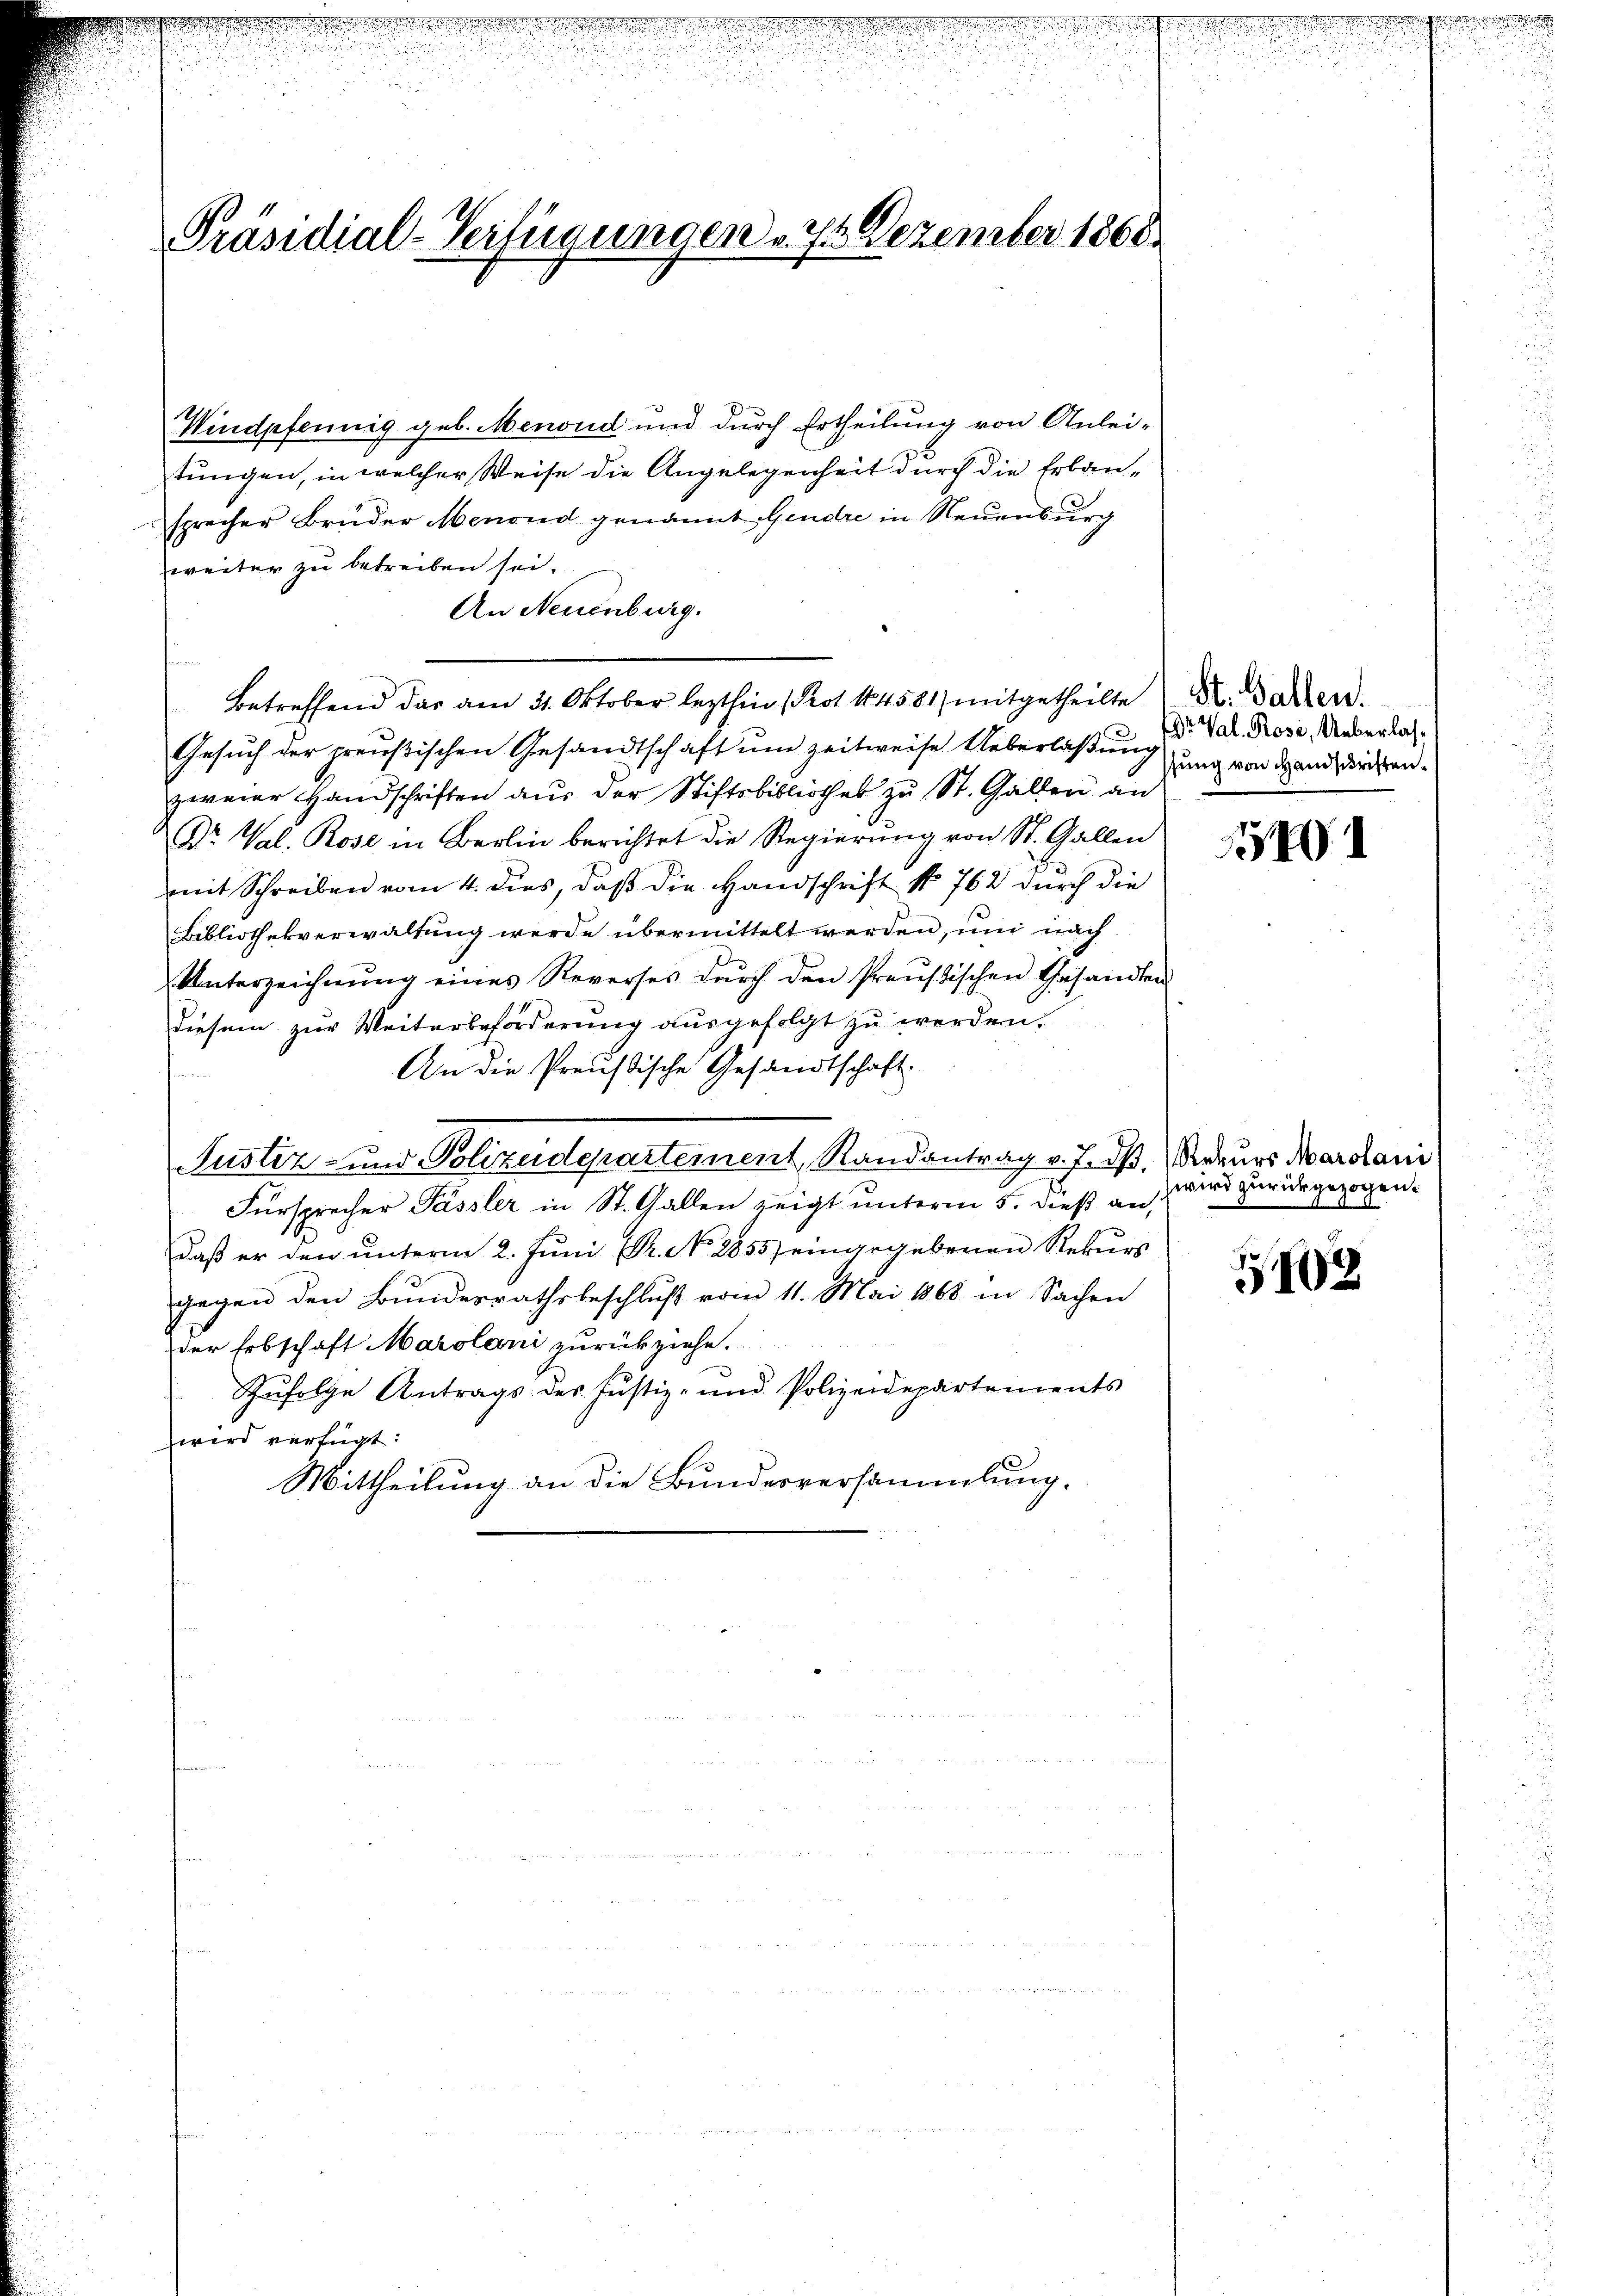
Präsidial-Verfügungen . 7. Dezember 1868.

Windpfennig geb. Menoud und durch Ertheilung von Anlei-
tungen, in welcher Weise die Angelegenheit durch die Erbau-
sprecher Bruder Menoud genannt Gendre in Neuenburg
weiter zu betreiben sei.
An Neuenburg.
Betreffend das am 31. Oktober lezthin (Prot. 14581) mitgetheilte
Gesuch der preußischen Gesandtschaft um zeitweise Ueberlaßung
zweier Handschriften aus der Stiftsbibliothek zu St. Gallen an
Dr. Val. Rose in Berlin berichtet die Regierung von St. Gallen
mit Schreiben vom 4. dies, daß die Handschrift No 762 durch die
Bibliothekverwaltung werde übermittelt werden, und nach
Unterzeichnŭng eines Reverses dŭrch den Preußischen Gesandten
diesem zur Weiterbeförderung ausgefolgt zu werden.
An die Preußische Gesandtschaft
Justiz- und Polizeidepartement, Randantrag v. Js. (Rekurs Margani
Fürsprecher Pässler in St. Gallen zeigt unterm 5. dieß an,
Daß er den unterm 2. Juni Pr. No. 2855) eingegebenen Rekurs
gegen den Bundesrathsbeschlŭβ vom 11. Mai 1868 in Sachen
der Erbschaft Marolani zurückziehe.
Zufolge Antrags des Justiz- und Polizeidepartements
wird verfügt:
Mittheilung an die Bundesversammlung.

St. Gallen.
Dr. Val. Rosi, Ueberlassung von Handschriften.

1

wird zurückgezogen.

102

d
n